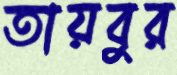
তায়বুর